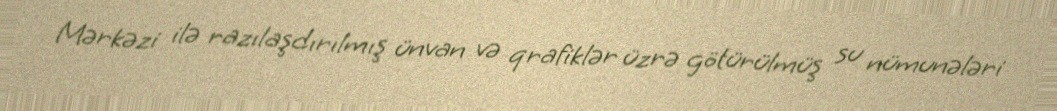
Mərkəzi ilə razılaşdırılmış ünvan və qrafiklər üzrə götürülmüş su nümunələri